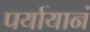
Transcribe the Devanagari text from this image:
पर्यायानं